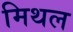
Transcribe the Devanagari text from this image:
मिथल